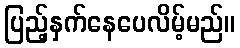
ပြည့်နှက်နေပေလိမ့်မည်။